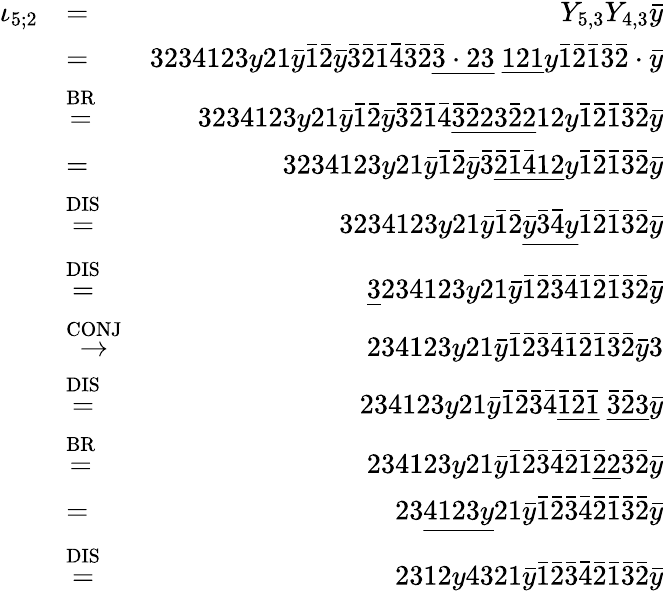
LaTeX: \begin{array}{rlr}{\iota_{5;2}}&{=}&{Y_{5,3}Y_{4,3}\bar{y}}\\ &{=}&{3234123y21\bar{y}\bar{1}\bar{2}\bar{y}\bar{3}\bar{2}\bar{1}\bar{4}\bar{3}\bar{2}\underline{{\bar{3}\cdot 23}}\ \underline{{121}}y\bar{1}\bar{2}\bar{1}\bar{3}\bar{2}\cdot\bar{y}}\\ &{\stackrel{\mathrm{BR}}{=}}&{3234123y21\bar{y}\bar{1}\bar{2}\bar{y}\bar{3}\bar{2}\bar{1}\bar{4}\underline{{\bar{3}\bar{2}23\bar{2}2}}12y\bar{1}\bar{2}\bar{1}\bar{3}\bar{2}\bar{y}}\\ &{=}&{3234123y21\bar{y}\bar{1}\bar{2}\bar{y}\bar{3}\underline{{\bar{2}\bar{1}\bar{4}12}}y\bar{1}\bar{2}\bar{1}\bar{3}\bar{2}\bar{y}}\\ &{\stackrel{\mathrm{DIS}}{=}}&{3234123y21\bar{y}\bar{1}\bar{2}\underline{{\bar{y}\bar{3}\bar{4}y}}\bar{1}\bar{2}\bar{1}\bar{3}\bar{2}\bar{y}}\\ &{\stackrel{\mathrm{DIS}}{=}}&{\underline{{3}}234123y21\bar{y}\bar{1}\bar{2}\bar{3}\bar{4}\bar{1}\bar{2}\bar{1}\bar{3}\bar{2}\bar{y}}\\ &{\stackrel{\mathrm{CONJ}}{\to}}&{234123y21\bar{y}\bar{1}\bar{2}\bar{3}\bar{4}\bar{1}\bar{2}\bar{1}\bar{3}\bar{2}\bar{y}3}\\ &{\stackrel{\mathrm{DIS}}{=}}&{234123y21\bar{y}\bar{1}\bar{2}\bar{3}\bar{4}\underline{{\bar{1}\bar{2}\bar{1}}}\ \underline{{\bar{3}\bar{2}3}}\bar{y}}\\ &{\stackrel{\mathrm{BR}}{=}}&{234123y21\bar{y}\bar{1}\bar{2}\bar{3}\bar{4}\bar{2}\bar{1}\underline{{\bar{2}2}}\bar{3}\bar{2}\bar{y}}\\ &{=}&{23\underline{{4123y}}21\bar{y}\bar{1}\bar{2}\bar{3}\bar{4}\bar{2}\bar{1}\bar{3}\bar{2}\bar{y}}\\ &{\stackrel{\mathrm{DIS}}{=}}&{2312y4321\bar{y}\bar{1}\bar{2}\bar{3}\bar{4}\bar{2}\bar{1}\bar{3}\bar{2}\bar{y}}\end{array}